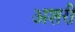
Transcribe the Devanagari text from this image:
अशरी